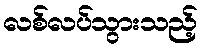
လစ်လပ်သွားသည့်